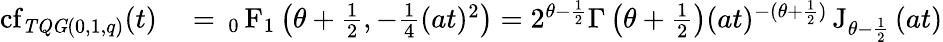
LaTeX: \begin{array}{rl}{\operatorname{cf}_{\mathit{TQG}(0,1,q)}(t)}&{{}={\, _{0}\operatorname{F}_{1}}\left(\theta+\frac{1}{2},-\frac{1}{4}(at)^{2}\right)=2^{\theta-\frac{1}{2}}\Gamma\left(\theta+\frac{1}{2}\right)(at)^{-(\theta+\frac{1}{2})}\operatorname{J}_{\theta-\frac{1}{2}}\left(at\right)}\end{array}